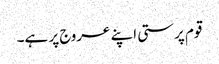
قوم پرستی اپنے عروج پر ہے۔